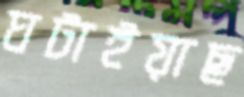
ঘটাইয়াছ